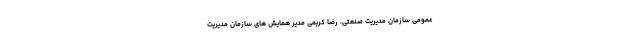
عمومی سازمان مدیریت صنعتی، رضا کریمی مدیر همایش های سازمان مدیریت